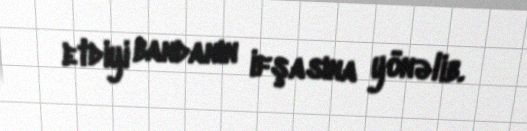
etdiyi bandanın ifşasına yönəlib.